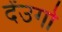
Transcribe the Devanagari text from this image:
देंउगो